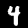
Label: 4